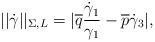
LaTeX: \begin{align*}||\dot{\gamma}||_{\Sigma,L}=|\overline{q}\frac{\dot{\gamma}_1}{\gamma_1}-\overline{p}\dot{\gamma}_3|,\end{align*}